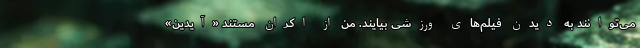
می‌توانند به دیدن فیلم‌های ورزشی بیایند. من از اکران مستند «آیدین»